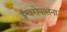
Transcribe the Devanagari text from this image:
ईश्वरोपासना